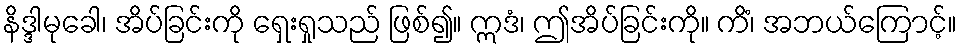
နိဒ္ဒါမုခေါ၊ အိပ်ခြင်းကို ရှေးရှုသည် ဖြစ်၍။ ဣဒံ၊ ဤအိပ်ခြင်းကို။ ကိံ၊ အဘယ်ကြောင့်။